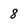
Character: 8